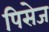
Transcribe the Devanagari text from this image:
पिसेज